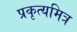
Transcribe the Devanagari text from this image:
प्रकृत्यमित्र